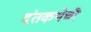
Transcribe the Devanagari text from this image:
दंतकथेची